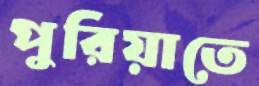
পুরিয়াতে